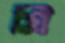
গ্রি